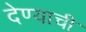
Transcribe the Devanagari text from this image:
देण्‍याची